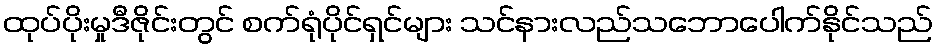
ထုပ်ပိုးမှုဒီဇိုင်းတွင် စက်ရုံပိုင်ရှင်များ သင်နားလည်သဘောပေါက်နိုင်သည်